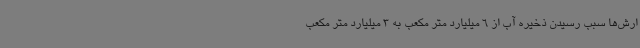
ارش‌ها سبب رسیدن ذخیره آب از 6 میلیارد متر مکعب به 3 میلیارد متر مکعب